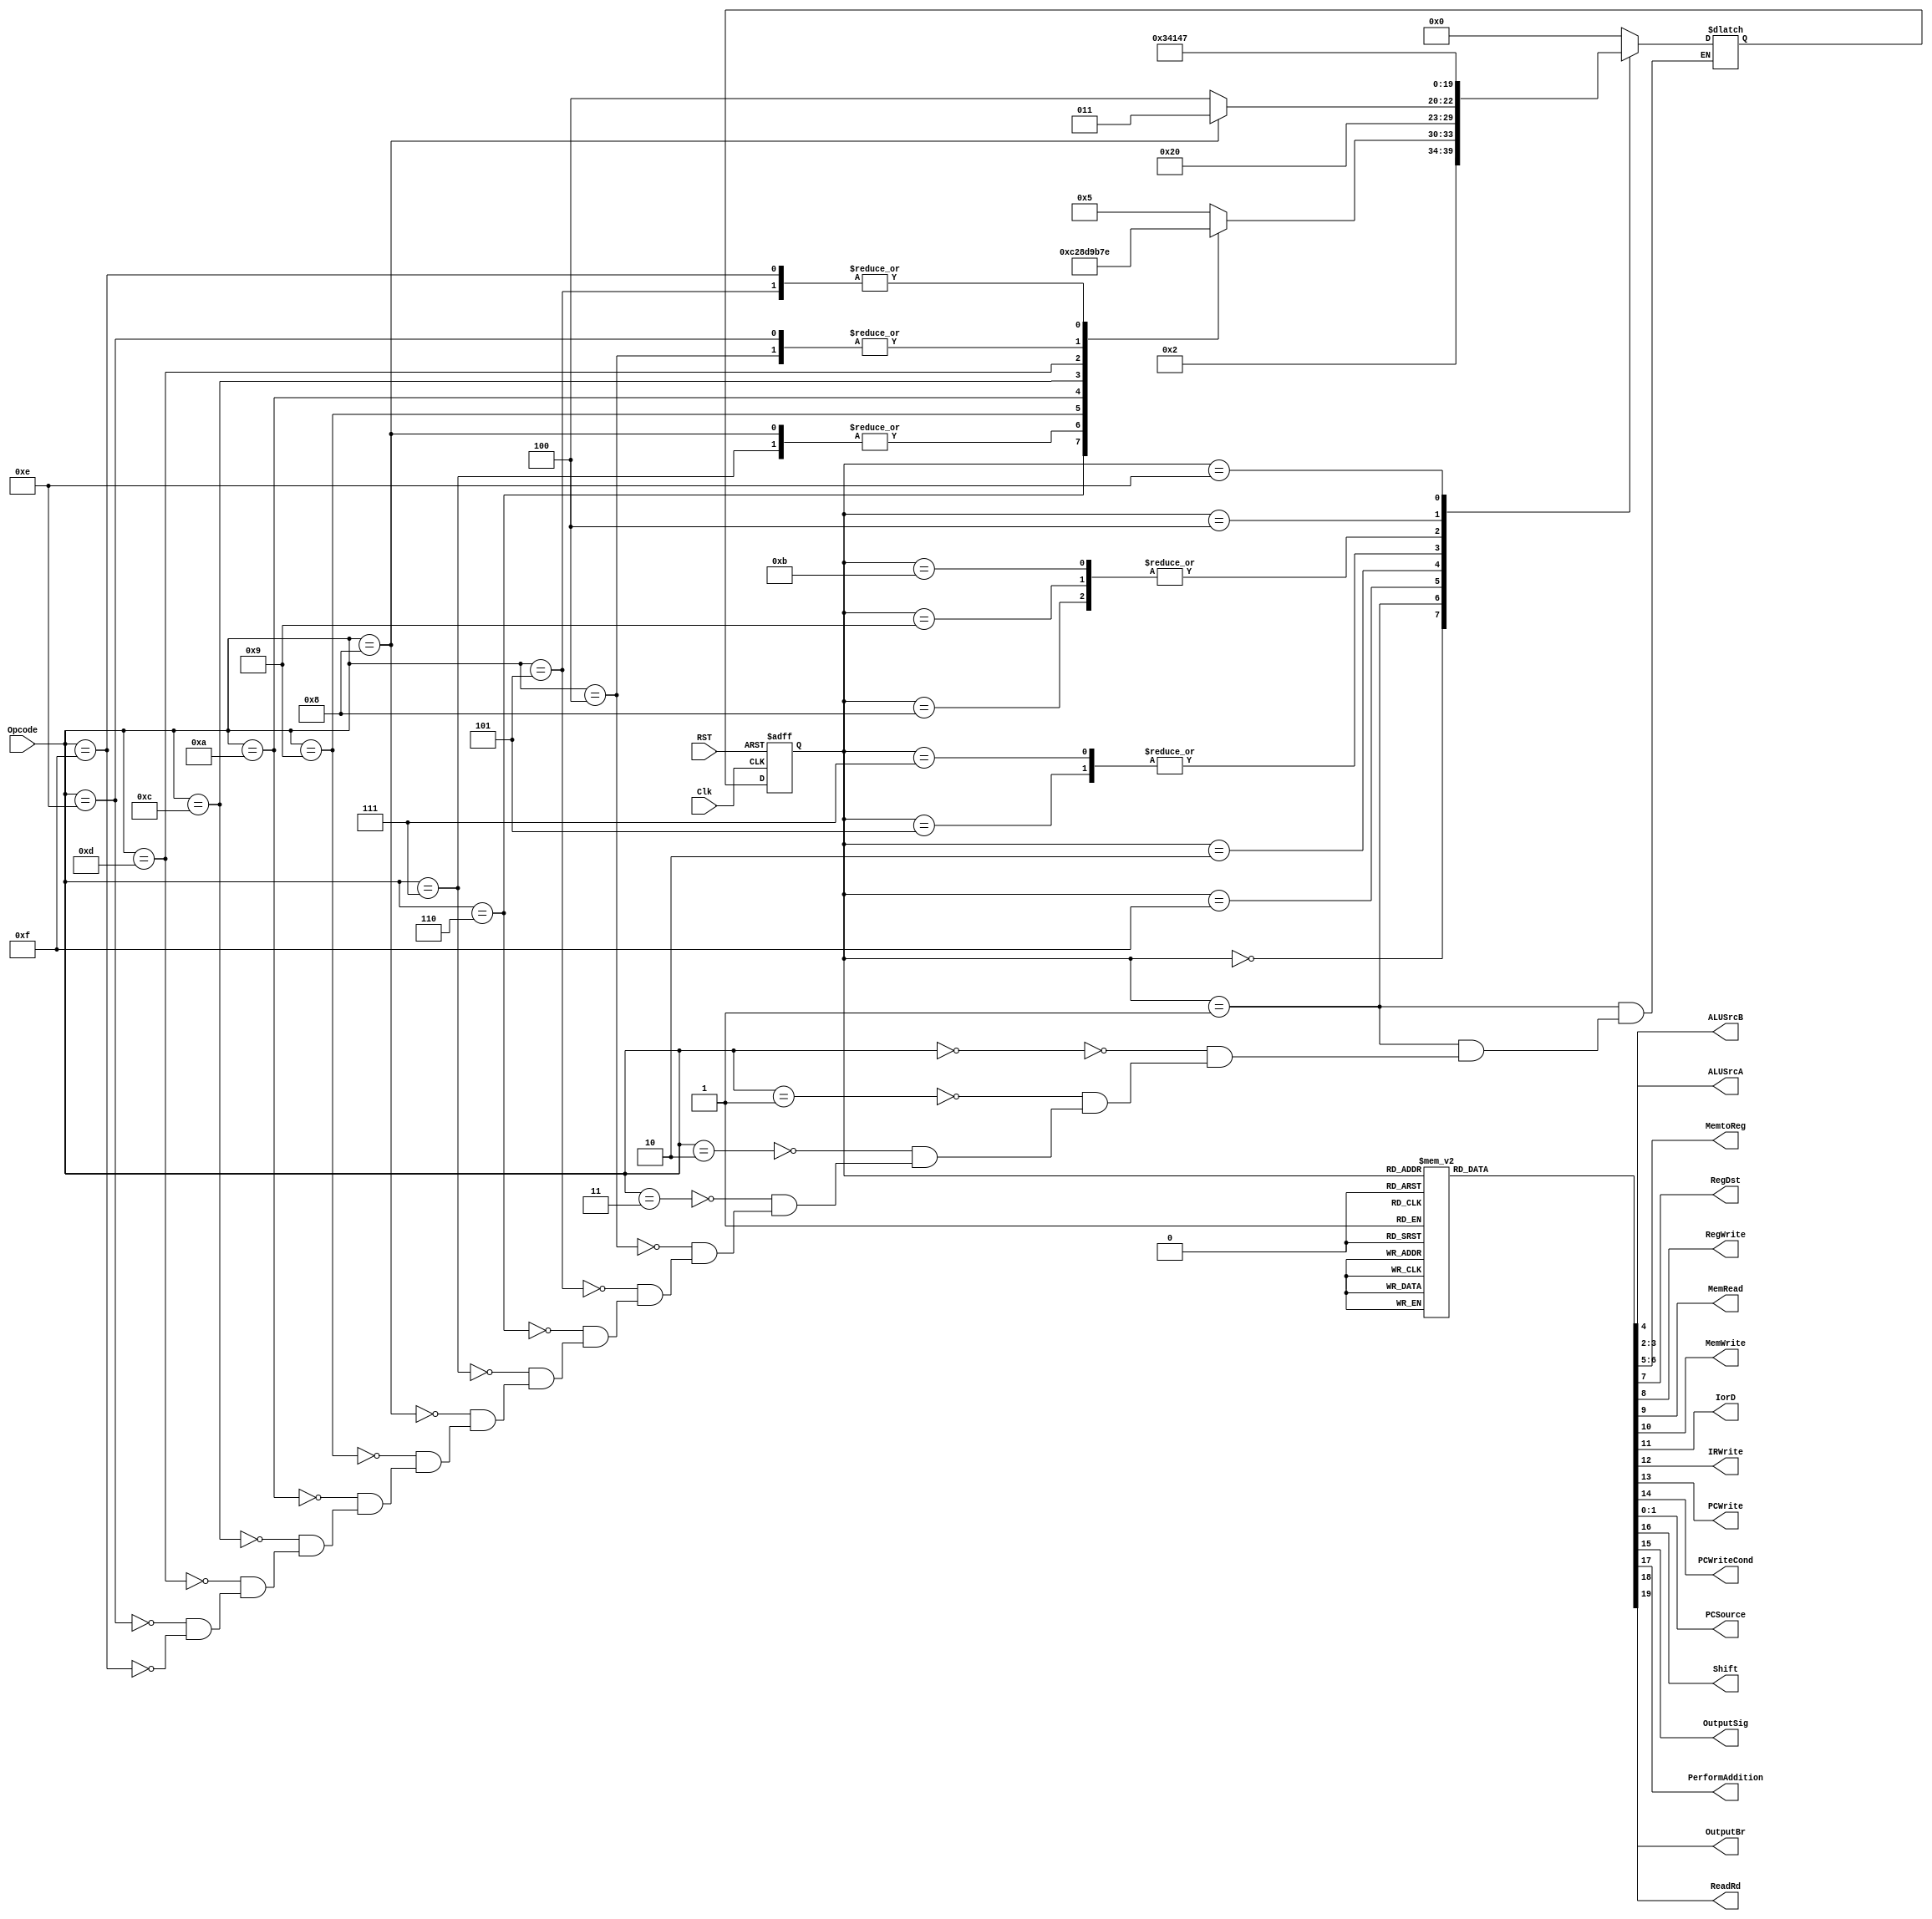
	
module Control 			(
                          ALUSrcA,
                          ALUSrcB,
                          MemtoReg,
                          RegDst,
                          RegWrite, 
                          MemRead,
                          MemWrite,
                          IorD,
                          IRWrite, 
                          PCWrite,
                          PCWriteCond,
                          PCSource,
                          Opcode,
                          Clk,
                          Shift,
								  OutputSig,
                          PerformAddition,
								  ReadRd,
								  OutputBr,
                          RST
                          );

   output [1:0] PCSource;
   output [1:0] ALUSrcB;
   output       ALUSrcA;
   output [1:0] MemtoReg;
   output       RegDst;
   output       RegWrite;
   output       MemRead;
   output       MemWrite;
   output       IorD;
   output       IRWrite;
   output       PCWrite;
   output       PCWriteCond;
	output		 OutputSig;
   output       Shift;
   output PerformAddition;
	output ReadRd;
	output OutputBr;

   input [3:0]  Opcode;
   input        Clk;
   input        RST;

   reg [1:0]    PCSource;
   reg [1:0]    ALUSrcB;
   reg          ALUSrcA;
   reg [1:0]    MemtoReg;
   reg          RegDst;
   reg          RegWrite;
   reg          MemRead;
   reg          MemWrite;
   reg          IorD;
   reg          IRWrite;
   reg          PCWrite;
   reg          PCWriteCond;
	reg			 OutputSig;
   reg          Shift;
   reg PerformAddition;
	reg ReadRd;
	reg OutputBr;

   //state flip-flops
   reg [4:0]    current_state;
   reg [4:0]    next_state;

   //state definitions
	parameter	 Reset = 17;
   parameter    Fetch = 0;
   parameter    Decode = 1;
   parameter    Memory = 2;
   parameter    SW = 3;
	parameter    LW = 4;
   parameter    Execution = 5;
   parameter    Write = 6;
	parameter    Immediate = 7;
   parameter    Branch = 8;
   parameter    Jump = 9;
	parameter	 MemoryRead = 10;
	parameter	 Jalr = 11;
	parameter	 Input = 12;
	parameter 	 Output = 13;
   parameter    Shifting = 14;
	parameter    Prebranch = 15;
	parameter	 Postbranch = 16;

   //register calculation
   always @ (posedge Clk, posedge RST)
     begin
        if (RST)
          current_state = Reset;
        else 
          current_state = next_state;
     end


   //OUTPUT signals for each state (depends on current state)
   always @ (current_state)
     begin
        //Reset all signals that cannot be don't cares
				PCSource = 0;
				ALUSrcB = 0;
				ALUSrcA = 0;
				MemtoReg = 0;
            RegDst = 0;
            RegWrite = 0;
            MemRead = 0;
            MemWrite = 0;
            IorD = 0;
            IRWrite = 0;
            PCWrite = 0;
            PCWriteCond = 0;
				OutputSig = 0;
            Shift = 0;
            PerformAddition = 0;
	         ReadRd = 0;
	         OutputBr = 0;
        
        case (current_state)
			 Reset:
				begin
				PCSource = 0;
				ALUSrcB = 0;
				ALUSrcA = 0;
				MemtoReg = 0;
            RegDst = 0;
            RegWrite = 0;
            MemRead = 0;
            MemWrite = 0;
            IorD = 0;
            IRWrite = 0;
            PCWrite = 0;
            PCWriteCond = 0;
				OutputSig = 0;
            Shift = 0;
            PerformAddition = 0;
	         ReadRd = 0;
	         OutputBr = 0;	
				end
			 
          Fetch:
            begin
               MemRead = 1;
               ALUSrcA = 0;
               IorD = 0;
               IRWrite =  1;
               ALUSrcB = 1;
               PCWrite = 1;
               PCSource = 0;
               PerformAddition = 1;
					OutputSig = 0;
            end

        Shifting:
            begin
                Shift = 1;
            end
                         
          Decode:
            begin
               ALUSrcA = 0;
               ALUSrcB = 2;
					PerformAddition = 1;
            end
        
          Execution:
            begin
               ALUSrcA = 1;
               ALUSrcB = 0;
            end
        
          Write:
            begin
               RegDst = 1;
               RegWrite = 1;
               MemtoReg = 0;
            end
			 Immediate:
            begin
               ALUSrcA = 1;
               ALUSrcB = 2;
            end
			 
			 //Make the immediate 2 less than what you need
          Branch:
            begin
					OutputBr = 1;
					Shift = 1;
               ALUSrcA = 1;
               ALUSrcB = 0;
               PCWriteCond = 1;
               PCSource = 1;
            end
        
          Jump:
            begin
               PCWrite = 1;
               PCSource = 1;
					MemtoReg = 2;
					RegWrite = 1;
            end
				
			 Jalr:
            begin
               PCWrite = 1;
               PCSource = 2;
					MemtoReg = 2;
					RegWrite = 1;
            end
          
          Memory:
            begin
               ALUSrcA = 1;
					ALUSrcB = 2;
					ReadRd = 1;
            end
				
			 LW:
            begin
               MemRead = 1;
					IorD = 1;
            end
				
			 SW:
            begin
               MemWrite = 1;
					IorD = 1;
            end
				
			 MemoryRead:
            begin
               RegDst = 0;
					RegWrite = 1;
					MemtoReg = 1;
					//IorD = 0;
            end
         Input:
            begin
					MemtoReg = 3;
					RegWrite = 1;
            end
			Output:
				begin
					OutputSig = 1;
				end
			Prebranch:
				begin
				OutputBr = 1;
				Shift = 1;
				end
			Postbranch:
				begin
				PCSource = 0;
				ALUSrcB = 0;
				ALUSrcA = 0;
				MemtoReg = 0;
            RegDst = 0;
            RegWrite = 0;
            MemRead = 0;
            MemWrite = 0;
            IorD = 0;
            IRWrite = 0;
            PCWrite = 0;
            PCWriteCond = 0;
				OutputSig = 0;
            Shift = 0;
            PerformAddition = 0;
	         ReadRd = 0;
	         OutputBr = 0;	
				end
        
          default:
            begin $display ("not implemented"); end
          
        endcase
     end
                
   //NEXT STATE calculation (depends on current state and opcode)       
   always @ (current_state, next_state, Opcode)
     begin           
        case (current_state)
		  
			 Reset:
				begin
					next_state = Fetch;
				end
          
          Fetch:
            begin
               next_state = Decode;
            end
          
          Decode: 
            begin       
//               $display("The opcode is %d", Opcode);
               case (Opcode)
                 0:
                   begin
                      next_state = Execution;
                   end
					  1:
                   begin
                      next_state = Execution;
                   end
					  2:
                   begin
                      next_state = Execution;
                   end
					  3:
                   begin
                      next_state = Execution;
                   end
					  4:
                   begin
                      next_state = Immediate;
                   end
                 5:
                   begin
                      next_state = Shifting;
                   end
					  6:
                   begin
                      next_state = Input;
                   end
                 7:
                   begin
                      next_state = Memory;
                   end
                 8:
                   begin next_state = Memory;
                   end
					  9:
                   begin
                      next_state = Branch;
                   end
					  10:
                   begin
                      next_state = Output;
                   end
				 	  12:
                   begin
                      next_state = Jump;
                   end
					  13:
                   begin
                      next_state = Jalr;
                   end
					  14:
                   begin
                      next_state = Immediate;
                   end
					  15:
                   begin
                      next_state = Shifting;
                   end
                 default:
                   begin 
                      //$display(" Wrong Opcode %d ", Opcode);
                   end
               endcase  
               
            end
          
          Execution:
            begin
               next_state = Write;
            end
          
          Write:
            begin
               next_state = Fetch;
            end
			
			 Prebranch:
				begin
					next_state = Branch;
				end
          
          Branch:
            begin
               next_state = Postbranch;
            end
				
			 Postbranch:
				begin
					next_state = Fetch;
				end

          Memory:
            begin
				if (Opcode == 8) begin
               next_state = SW;
					end else begin
					next_state = LW;
					end
            end
          
          Jump:
            begin
               next_state = Postbranch;
            end
				
			 Immediate:
            begin
               next_state = Write;
            end
			 Jalr:
            begin
               next_state = Postbranch;
            end
			LW:
            begin
               next_state = MemoryRead;
            end
			SW:
            begin
               next_state = Fetch;
            end
			MemoryRead:
            begin
               next_state = Fetch;
            end
			Output:
            begin
               next_state = Fetch;
            end
			Input:
            begin
               next_state = Fetch;
            end

            Shifting:
            begin
                next_state = Immediate;
			end
          
          default:
            begin
               $display(" Not implemented!");
               next_state = Fetch;
            end
          
        endcase
        
                
     end

endmodule